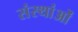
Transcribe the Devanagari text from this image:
संस्थांओं